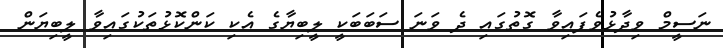
ނަސީމް ވިދާޅުވެފައިވާ ގޮތުގައި ދެ ވަނަ ސަބަބަކީ ލީބިޔާގެ އެކި ކަންކޮޅުތަކުގައިވާ ލީބިޔަން